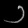
Digit: ၁